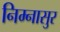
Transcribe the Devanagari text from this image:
निम्नासुर